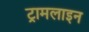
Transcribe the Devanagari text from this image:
ट्रामलाइन